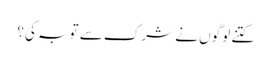
کتنے لوگوں نے شرک سے توبہ کی؟